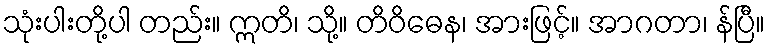
သုံးပါးတို့ပါ တည်း။ ဣတိ၊ သို့။ တိဝိဓေန၊ အားဖြင့်။ အာဂတာ၊ န်ပြီ။